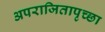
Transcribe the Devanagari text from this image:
अपराजितापृच्छा